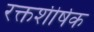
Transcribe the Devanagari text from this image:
रक्तशीर्षक